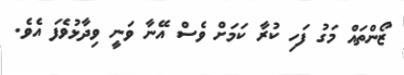
ޒޯންތައް މަގު ފަހި ކުރާ ކަމަށް ވެސް އޭނާ ވަނީ ވިދާޅުވެފަ އެވެ.